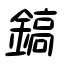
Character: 鎬